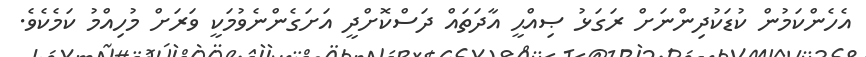
އެހެންކަމުން ކުޑަކުދިންނަށް ރަގަޅު ޞިއްޙީ އާދަތައް ދަސްކޮށްދީ އަށަގެންނެވުމަކީ ވަރަށް މުހިއްމު ކަމެކެވެ.